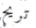
تريح